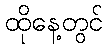
ထိုနေ့တွင်